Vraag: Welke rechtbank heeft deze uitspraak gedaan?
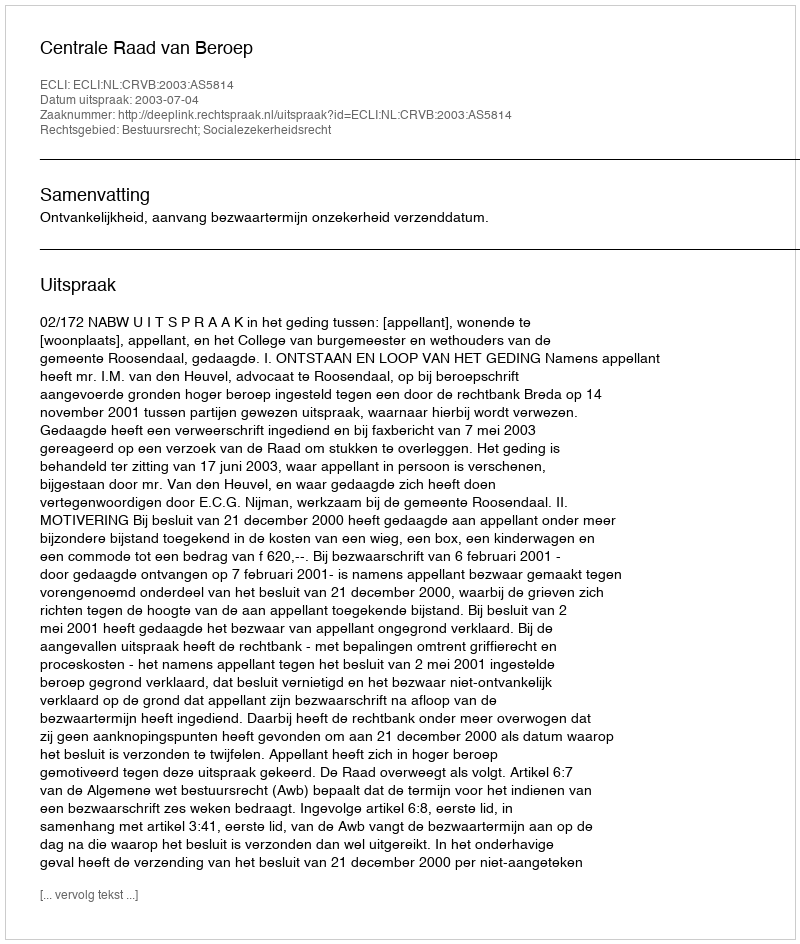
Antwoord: Centrale Raad van Beroep